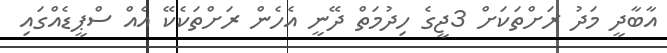
އާބާދީ މަދު ރަށްތަކަށް 3ޖީގެ ހިދުމަތް ދޭނީ އެހެން ރަށްތަކެކޭ އެއް ސްޕީޑެއްގައި